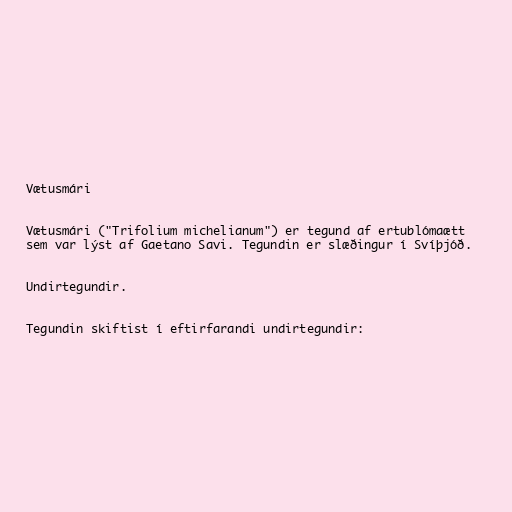
Vætusmári

Vætusmári ("Trifolium michelianum") er tegund af ertublómaætt
sem var lýst af Gaetano Savi. Tegundin er slæðingur í Svíþjóð.

Undirtegundir.

Tegundin skiftist í eftirfarandi undirtegundir: